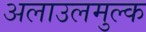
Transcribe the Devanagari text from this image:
अलाउलमुल्क